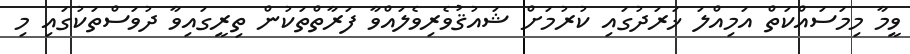
ވީމާ މިމަސައްކަތް އަމިއްލަ ޚަރަދުގައި ކުރުމަށް ޝައުޤުވެރިވެލައްވާ ފަރާތްތަކުން ތިރީގައިވާ ދުވަސްތަކުގައި މި